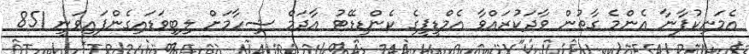
އެމަނިކުފާނާ އެންމެ ގާތުން ވާދަކުރައްވާ އެމްޑީޕީގެ ކެންޑިޑޭޓު އާދަމް ޝިހާމަށް ލިބިވަޑައިގެންފައިވަނީ 851